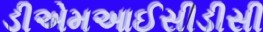
ડીએમઆઈસીડીસી